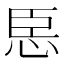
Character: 𢙞